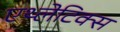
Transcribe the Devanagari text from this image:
एथ्लेटिक्स